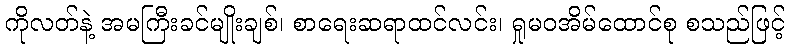
ကိုလတ်နဲ့ အမကြီးခင်မျိုးချစ်၊ စာရေးဆရာထင်လင်း၊ ရှုမဝအိမ်ထောင်စု စသည်ဖြင့်